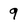
Character: 9